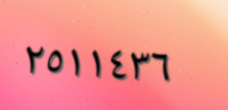
٢٥١١٤٣٦